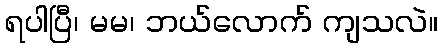
ရပါပြီ၊ မမ၊ ဘယ်လောက် ကျသလဲ။